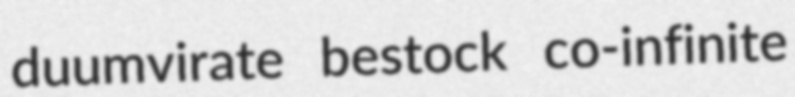
duumvirate bestock co-infinite